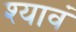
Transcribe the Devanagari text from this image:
श्यावं